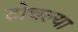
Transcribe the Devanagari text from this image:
टोचल्या